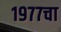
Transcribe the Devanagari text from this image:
१९७७चा